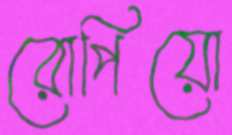
রোপিয়ো